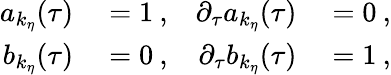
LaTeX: \begin{array}{rlrl}{a_{k_{\eta}}(\tau)}&{{}=1\: ,}&{\partial_{\tau}a_{k_{\eta}}(\tau)}&{{}=0\: ,}\\ {b_{k_{\eta}}(\tau)}&{{}=0\: ,}&{\partial_{\tau}b_{k_{\eta}}(\tau)}&{{}=1\: ,}\end{array}